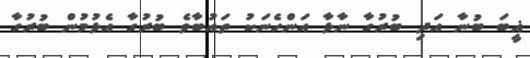
ޣީބަ ބުނާ އަދި ބުރުގާ ނާޅާ އަންހެނަކު ތައުބާވެ ބުރުގާ އެޅުމުން ބުރުގާ